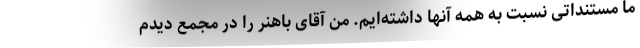
ما مستنداتی نسبت به همه آنها داشته‌ایم. من آقای باهنر را در مجمع دیدم